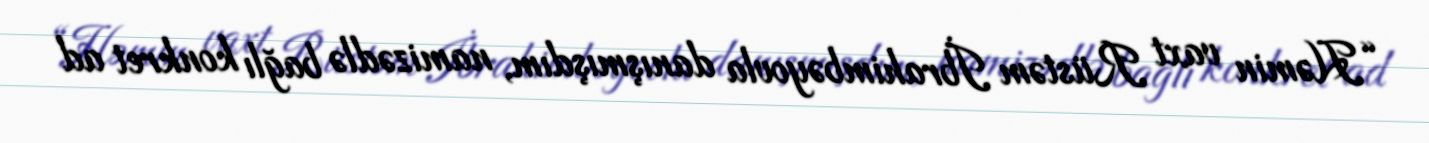
“Həmin vaxt Rüstəm İbrahimbəyovla danışmışdım, namizədlə bağlı konkret ad